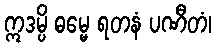
ဣဒမ္ပိ ဓမ္မေ ရတနံ ပဏီတံ၊